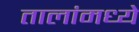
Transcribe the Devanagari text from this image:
तालांमध्ये